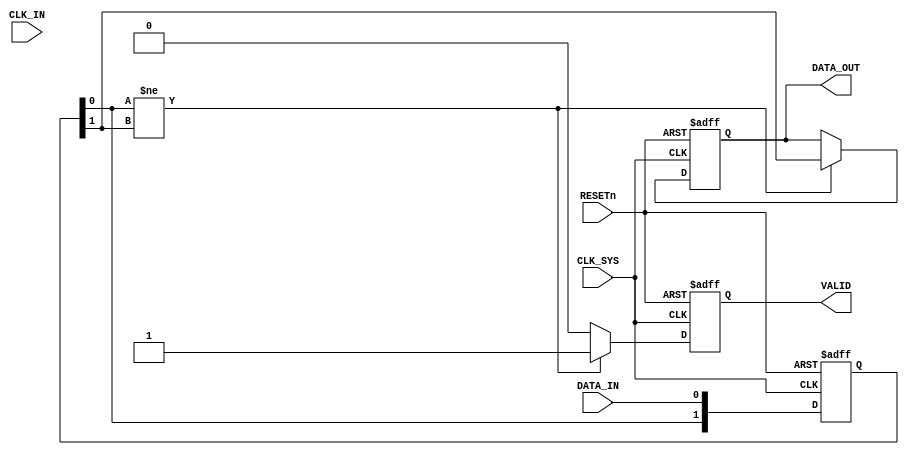
module async_to_sync_converter (
    input wire CLK_SYS,          // System Clock
    input wire RESETn,          // Active low asynchronous reset
    input wire DATA_IN,         // Asynchronous Data Input
    input wire CLK_IN,          // Asynchronous Clock Input
    output reg DATA_OUT,        // Synchronized Data Output
    output reg VALID            // Valid Signal
);

    reg [1:0] sync_reg;         // Synchronization register for DATA_IN
    reg last_data_in;           // Previous state of DATA_IN for edge detection

    // Dual Flip-Flop Synchronizer
    always @(posedge CLK_SYS or negedge RESETn) begin
        if (!RESETn) begin
            sync_reg <= 2'b00;
        end else begin
            sync_reg <= {sync_reg[0], DATA_IN}; // Shift in the async data
        end
    end

    // Valid Signal Generation
    always @(posedge CLK_SYS or negedge RESETn) begin
        if (!RESETn) begin
            VALID <= 1'b0;
            DATA_OUT <= 1'b0;
            last_data_in <= 1'b0;
        end else begin
            // Check for a change in the synchronized data
            if (sync_reg[0] != sync_reg[1]) begin
                VALID <= 1'b1;  // Data is valid if a change is detected
                DATA_OUT <= sync_reg[1]; // Output the synchronized data
            end else begin
                VALID <= 1'b0;  // No valid data if no change
            end
            last_data_in <= sync_reg[1];
        end
    end

endmodule